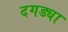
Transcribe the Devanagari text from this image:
दगड्या